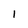
Character: 1